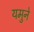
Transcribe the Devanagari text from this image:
यमुने